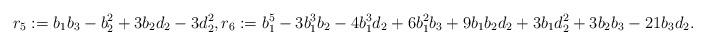
LaTeX: \begin{align*}r_{5}:= b_{1}b_{3} - b_{2}^{2} + 3b_{2}d_{2} - 3d_{2}^{2},r_{6}:= b_{1}^{5} - 3b_{1}^{3}b_{2} - 4b_{1}^{3}d_{2}+ 6b_{1}^{2}b_{3} + 9b_{1}b_{2}d_{2} + 3b_{1}d_{2}^{2}+ 3b_{2}b_{3} - 21b_{3}d_{2}.\end{align*}